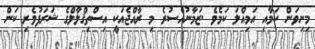
މިނިވަން ކަމާއި އަމިއްލަ ކަމެވެ .ޒަމާނުއްސުރެ މި ރާއްޖެއަކީ އިސްތިޤްލާލްގެ ޝަރަފުވެރި ކަން